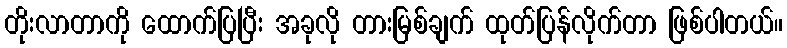
တိုးလာတာကို ထောက်ပြပြီး အခုလို တားမြစ်ချက် ထုတ်ပြန်လိုက်တာ ဖြစ်ပါတယ်။